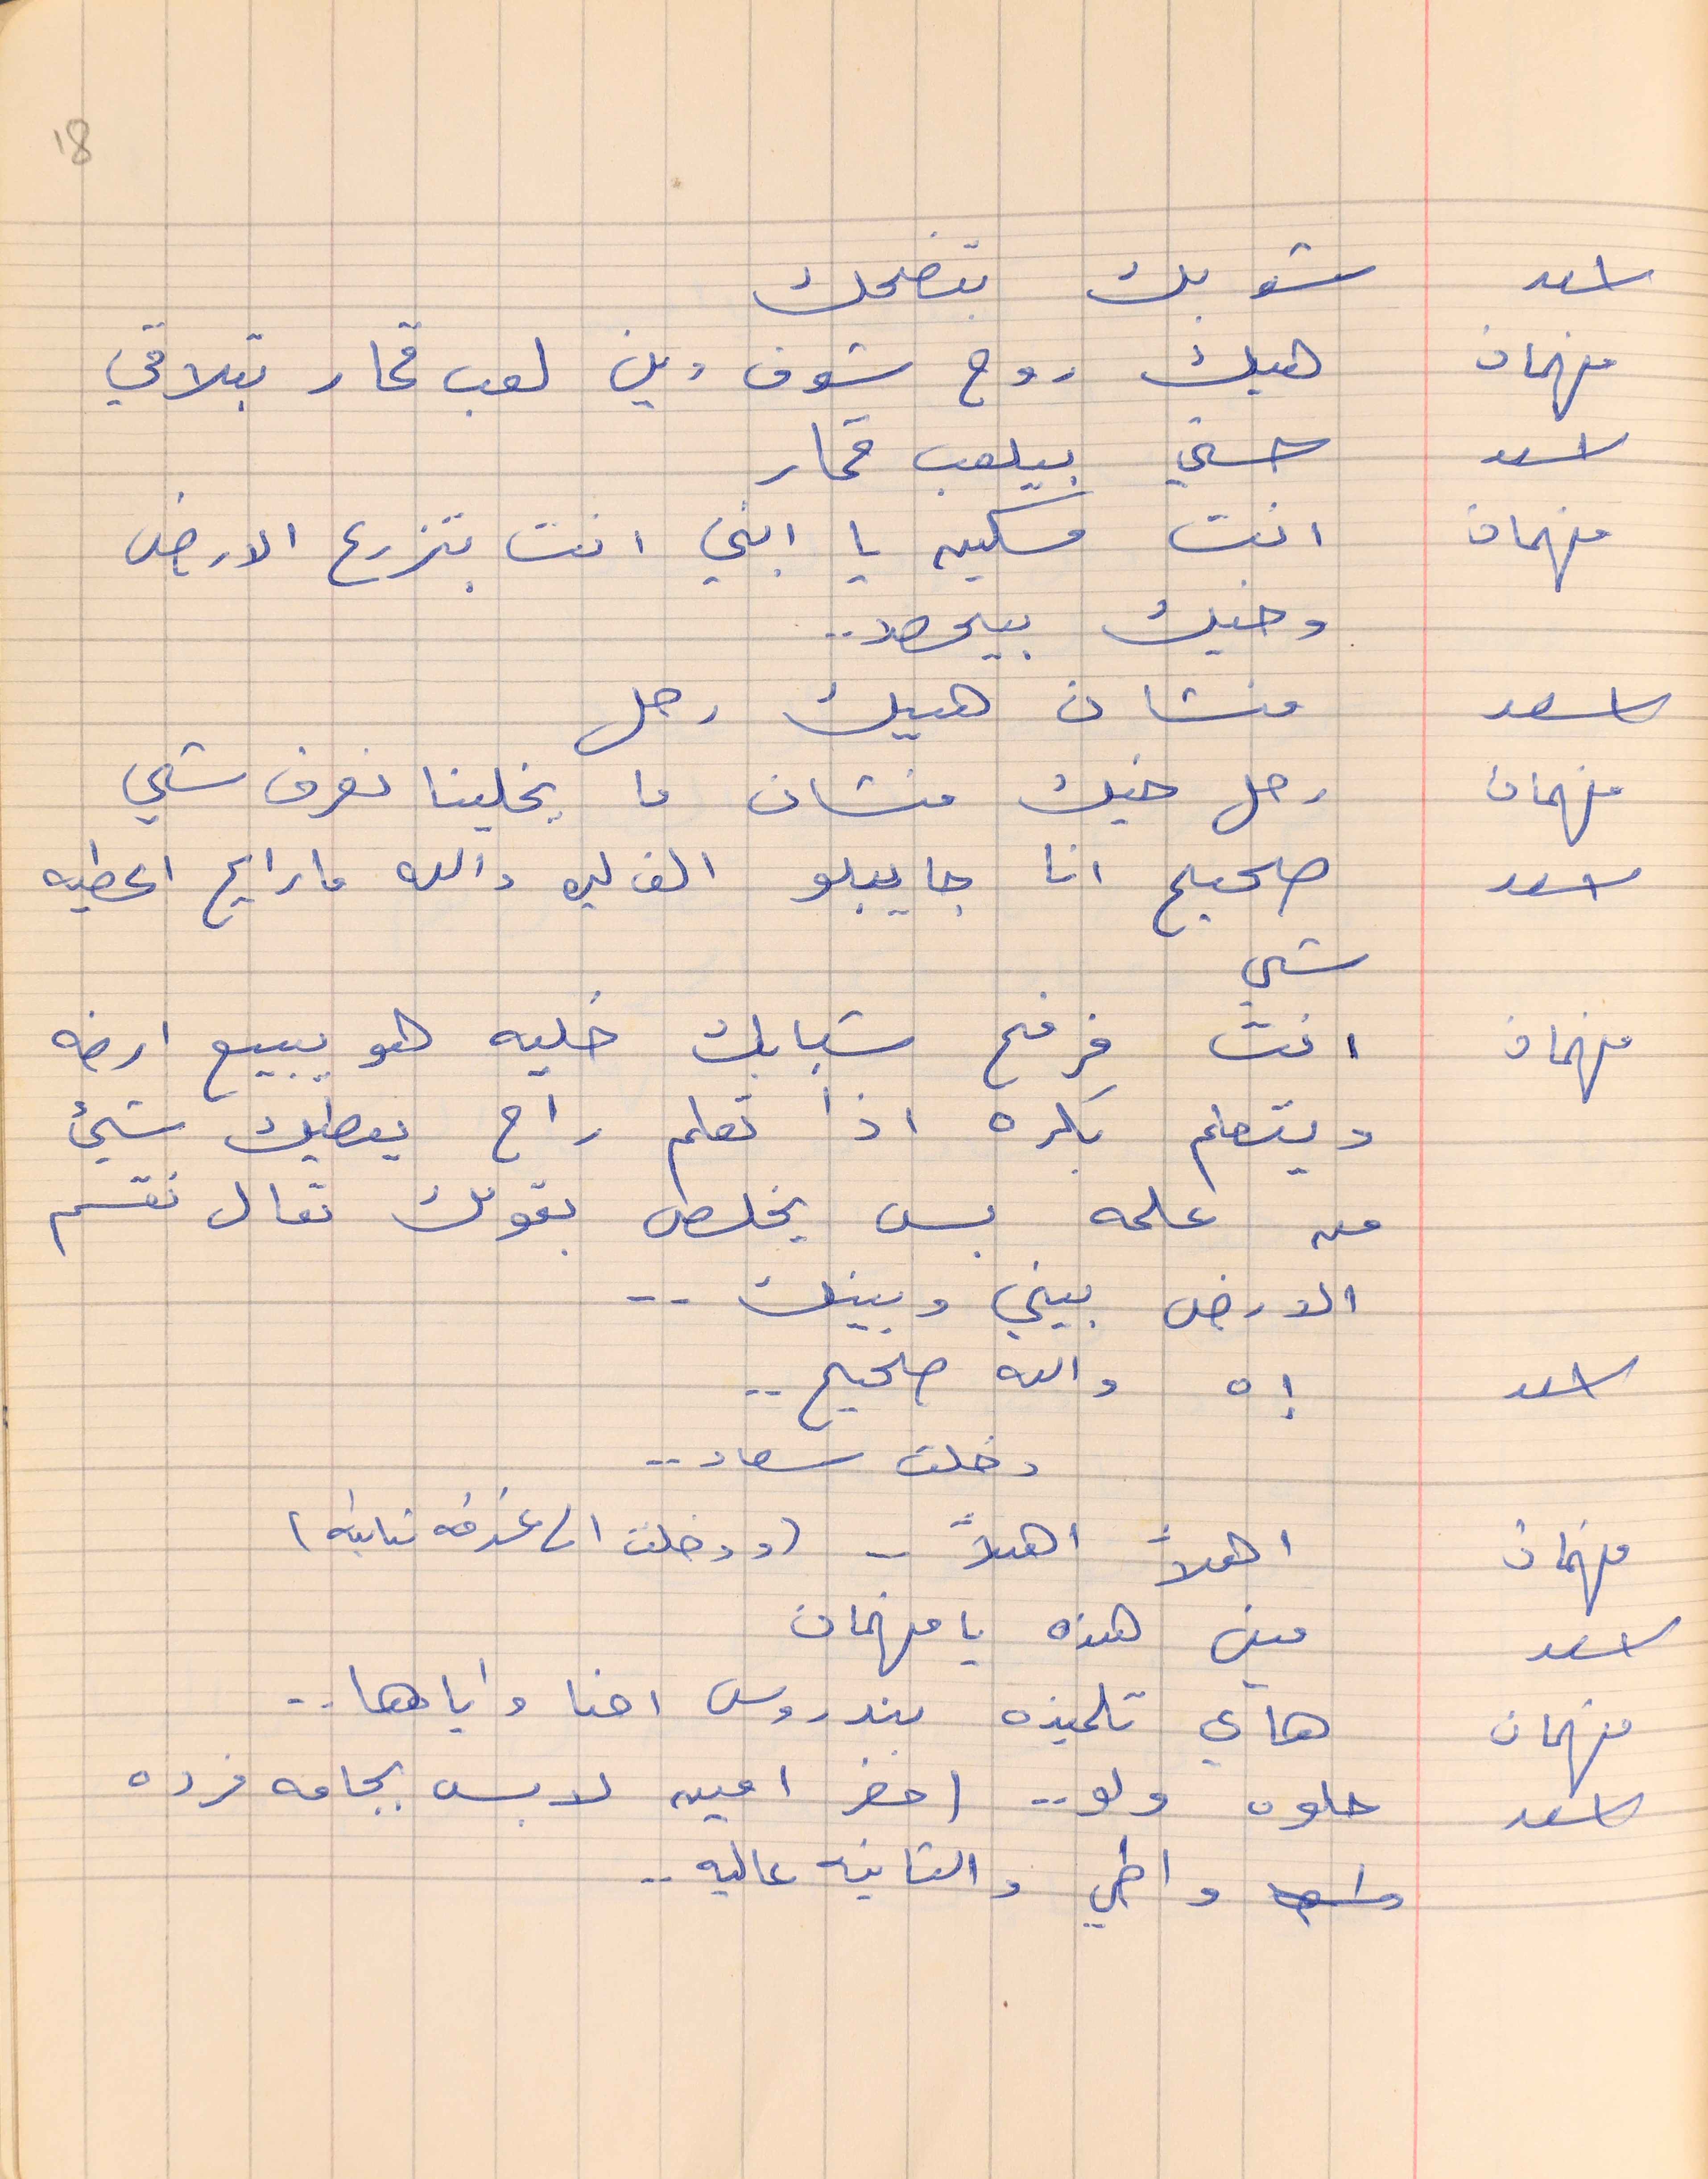
اسعد       شو بك بتضحك
فهمان    هيك روح شوف وين لعب قمار بتلاقي
اسعد      حسني بيلعب قمار
فهمان    انت مسكين يا ابني انت بتزرع الارض
وخيك بيحصد . .
 اسعد        مشان هيك رحل
فهمان     رحل خيك منشان ما يخلينا نعرف شي
 اسعد       صحيح انا جايبلو الف ليره والله ما رايح اعطيه
فهمان       انت فرفح شبابك خليه هو يبيع ارضه
ويتعلم بكره اذا تعلم راح يعطيك شيء
من علمه بس يخلص بقولك تعال نقسم
الارض بيني وبينك . .
اسعد        إه والله صحيح . .
فهمان       اهلاً اهلاً  . . (ودخلت غرفه تانيه)
 اسعد        مين هذه يا فهمان
فهمان       هاي تلميذه بندروس احنا واياها . .
اسعد       حلوه ولو . .  (حضر امين لابس بجامه فرده
 واطي والتانيه عاليه . .
18
شي
دخلت سعاد  . .